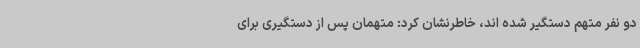
دو نفر متهم دستگیر شده اند، خاطرنشان کرد: متهمان پس از دستگیری برای